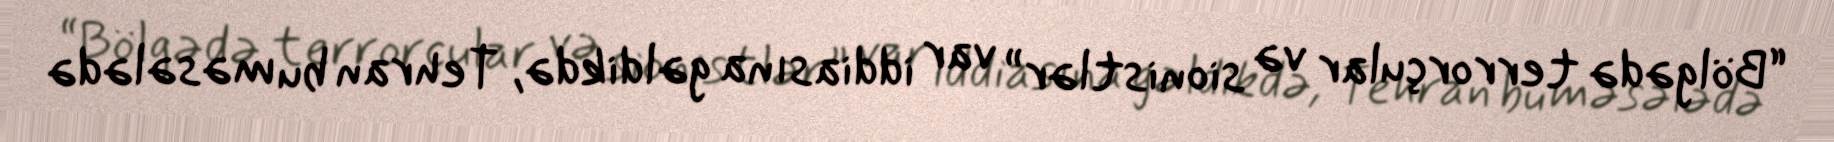
“Bölgədə terrorçular və sionistlər” var iddiasına gəldikdə, Tehran bu məsələdə